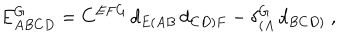
LaTeX: E _ { A B C D } ^ { G } = C ^ { E F G } \, d _ { E ( A B } \, d _ { C D ) F } - \delta _ { ( A } ^ { G } \, d _ { B C D ) } \ ,